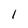
Character: l